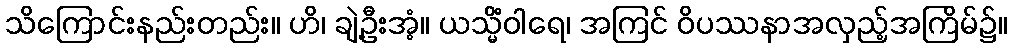
သိကြောင်းနည်းတည်း။ ဟိ၊ ချဲ့ဦးအံ့။ ယသ္မိံဝါရေ၊ အကြင် ဝိပဿနာအလှည့်အကြိမ်၌။